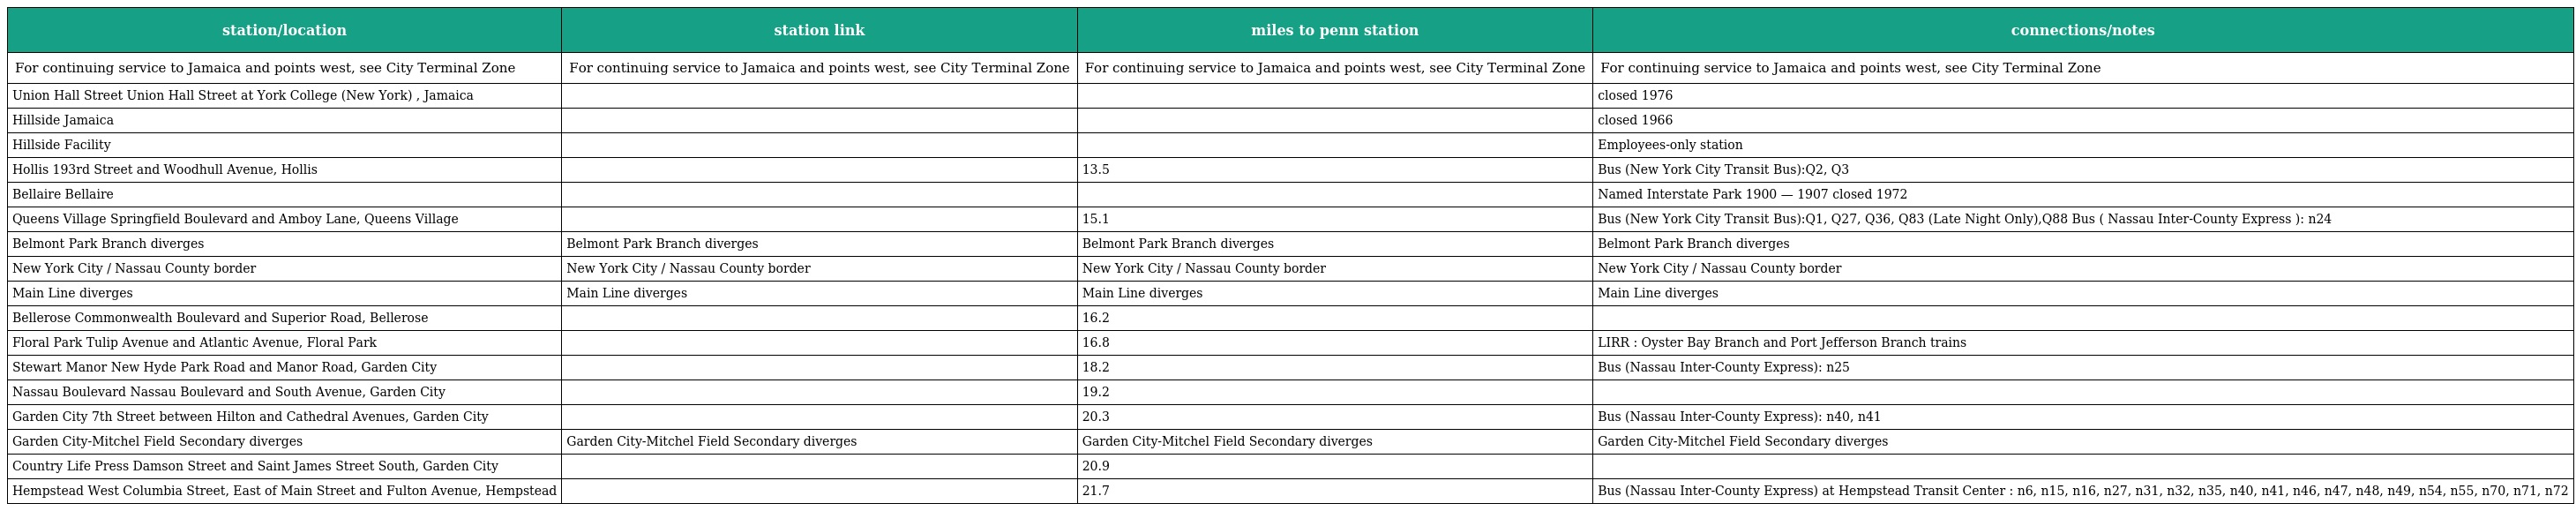
| station/location | station link | miles to penn station | connections/notes |
 | --- | --- | --- | --- |
 | For continuing service to Jamaica and points west, see City Terminal Zone | For continuing service to Jamaica and points west, see City Terminal Zone | For continuing service to Jamaica and points west, see City Terminal Zone | For continuing service to Jamaica and points west, see City Terminal Zone |
 | Union Hall Street Union Hall Street at York College (New York) , Jamaica |  |  | closed 1976 |
 | Hillside Jamaica |  |  | closed 1966 |
 | Hillside Facility |  |  | Employees-only station |
 | Hollis 193rd Street and Woodhull Avenue, Hollis |  | 13.5 | Bus (New York City Transit Bus):Q2, Q3 |
 | Bellaire Bellaire |  |  | Named Interstate Park 1900 — 1907 closed 1972 |
 | Queens Village Springfield Boulevard and Amboy Lane, Queens Village |  | 15.1 | Bus (New York City Transit Bus):Q1, Q27, Q36, Q83 (Late Night Only),Q88 Bus ( Nassau Inter-County Express ): n24 |
 | Belmont Park Branch diverges | Belmont Park Branch diverges | Belmont Park Branch diverges | Belmont Park Branch diverges |
 | New York City / Nassau County border | New York City / Nassau County border | New York City / Nassau County border | New York City / Nassau County border |
 | Main Line diverges | Main Line diverges | Main Line diverges | Main Line diverges |
 | Bellerose Commonwealth Boulevard and Superior Road, Bellerose |  | 16.2 |  |
 | Floral Park Tulip Avenue and Atlantic Avenue, Floral Park |  | 16.8 | LIRR : Oyster Bay Branch and Port Jefferson Branch trains |
 | Stewart Manor New Hyde Park Road and Manor Road, Garden City |  | 18.2 | Bus (Nassau Inter-County Express): n25 |
 | Nassau Boulevard Nassau Boulevard and South Avenue, Garden City |  | 19.2 |  |
 | Garden City 7th Street between Hilton and Cathedral Avenues, Garden City |  | 20.3 | Bus (Nassau Inter-County Express): n40, n41 |
 | Garden City-Mitchel Field Secondary diverges | Garden City-Mitchel Field Secondary diverges | Garden City-Mitchel Field Secondary diverges | Garden City-Mitchel Field Secondary diverges |
 | Country Life Press Damson Street and Saint James Street South, Garden City |  | 20.9 |  |
 | Hempstead West Columbia Street, East of Main Street and Fulton Avenue, Hempstead |  | 21.7 | Bus (Nassau Inter-County Express) at Hempstead Transit Center : n6, n15, n16, n27, n31, n32, n35, n40, n41, n46, n47, n48, n49, n54, n55, n70, n71, n72 |